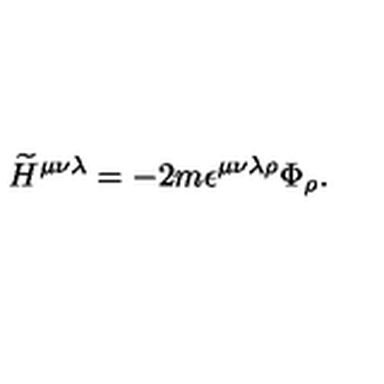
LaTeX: { \widetilde H } ^ { \mu \nu \lambda } = - 2 m \epsilon ^ { \mu \nu \lambda \rho } \Phi _ { \rho } .